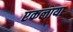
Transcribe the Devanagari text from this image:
एकलाया